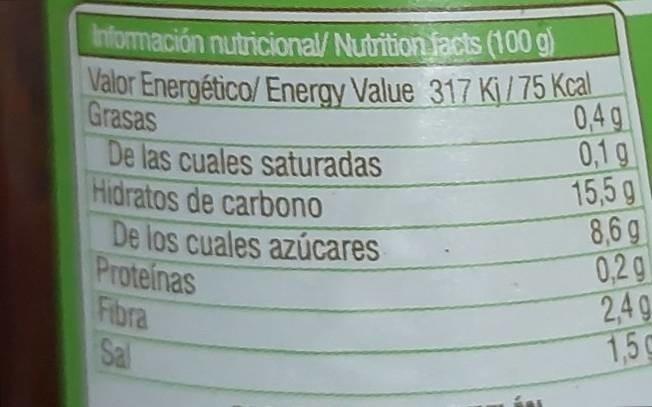
Información nutricional/ Nutrition facts (100 g) Valor Energético/ Energy Value 317 Kj/75 Kcal Grasas
0,4 g
De las cuales saturadas
0,1 g
Hidratos de carbono
15,5 g
De los cuales azúcares
Proteinas
Fibra
Sal
8,6g
0,2 g
249
1,5 g